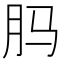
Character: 𬁳